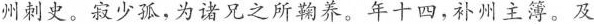
州史。寂少孤，为诸兄之所确养。年十四，补州主簿，及